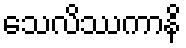
သေလိဿကာနိ